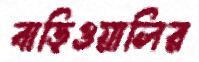
বাড়িওয়ালির